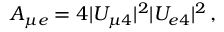
A _ { { \mu } e } = 4 | U _ { \mu 4 } | ^ { 2 } | U _ { e 4 } | ^ { 2 } \, ,